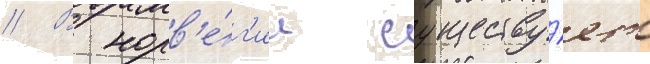
// В норв'е́г'ии существу́ет